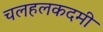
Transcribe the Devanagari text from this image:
चलहलकदमी